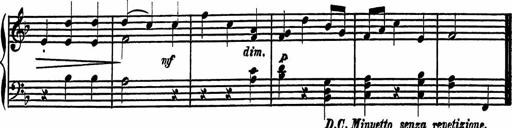
Title: 4 Piano Sonatinas
Composer: Adam Geibel